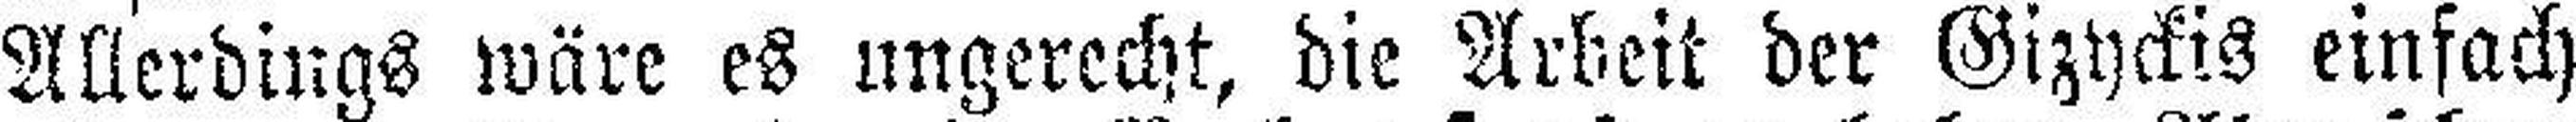
Allerdings wäre es ungerecht, die Arbeit der Gizyckis einfach